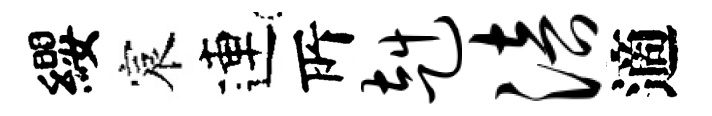
纓宸連𠩄赳涪適